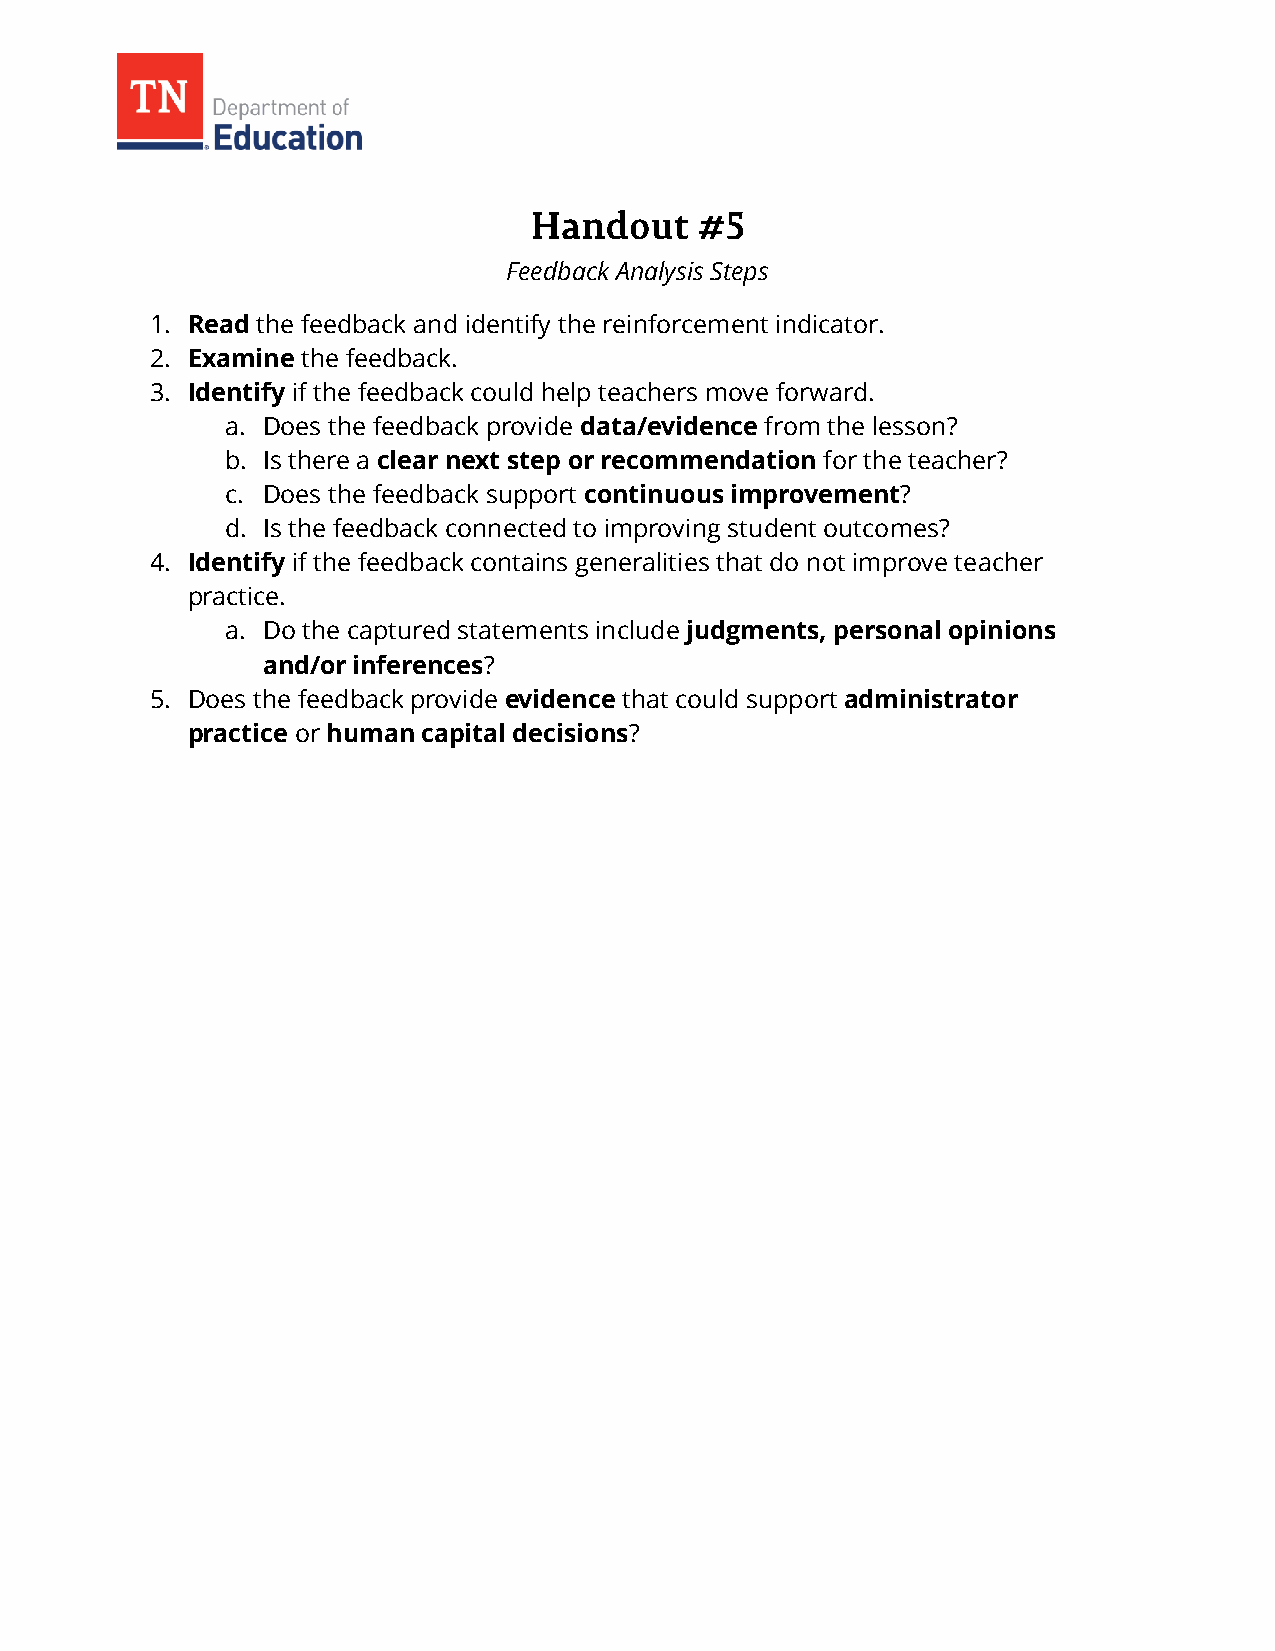
Feedback Analysis Steps
 1. Read the feedback and identify the reinforcement indicator.
 2. Examine the feedback.
 3. Identify if the feedback could help teachers move forward.
 a. Does the feedback provide data/evidence from the lesson?
 b. Is there a clear next step or recommendation for the teacher?
 c. Does the feedback support continuous improvement?
 d. Is the feedback connected to improving student outcomes?
 4. Identify if the feedback contains generalities that do not improve teacher
 practice.
 a. Do the captured statements include judgments, personal opinions
 and/or inferences?
 5. Does the feedback provide evidence that could support administrator
 practice or human capital decisions?